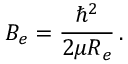
B _ { e } = \frac { \hbar ^ { 2 } } { 2 \mu R _ { e } } \, .